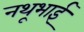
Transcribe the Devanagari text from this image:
नथूभाई